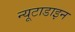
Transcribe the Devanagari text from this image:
न्यूटाडाइन